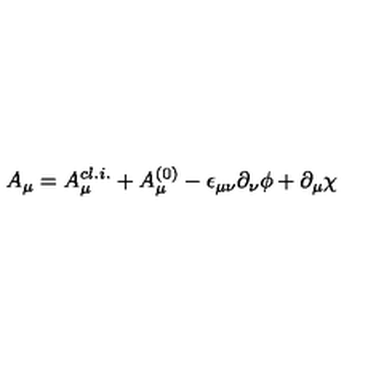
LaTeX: A _ { \mu } = A _ { \mu } ^ { c l . i . } + A _ { \mu } ^ { ( 0 ) } - \epsilon _ { \mu \nu } \partial _ { \nu } \phi + \partial _ { \mu } \chi